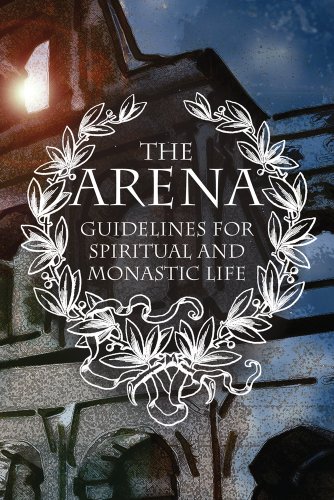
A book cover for The Arena: Guidelines for Spiritual and Monastic Life; Ignatius Brianchaninov; Christian Books & Bibles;